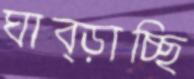
ঘাব্‌ড়াচ্ছি